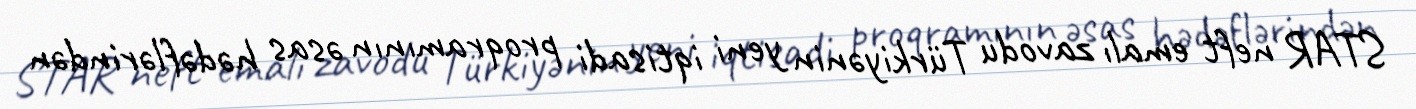
STAR neft emalı zavodu Türkiyənin yeni iqtisadi proqramının əsas hədəflərindən